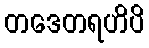
တဒေတရဟိပိ